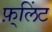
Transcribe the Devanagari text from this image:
फ़्लिंट